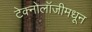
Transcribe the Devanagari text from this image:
टेक्नोलॉजीमधून